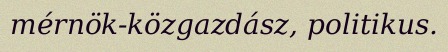
mérnök-közgazdász, politikus.